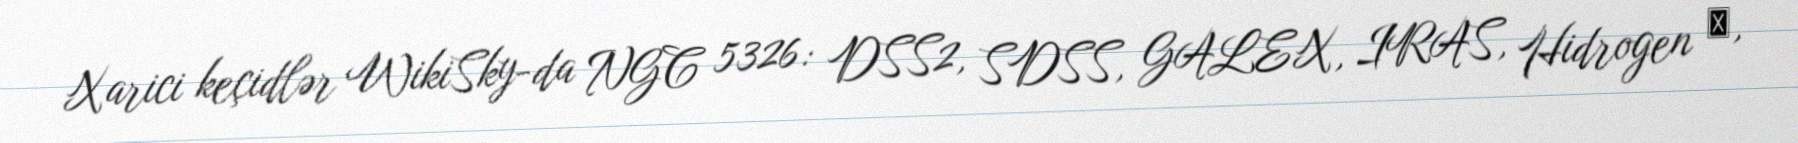
Xarici keçidlər WikiSky-da NGC 5326: DSS2, SDSS, GALEX, IRAS, Hidrogen α,